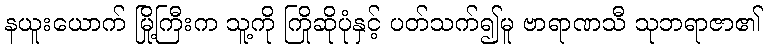
နယူးယောက် မြို့ကြီးက သူ့ကို ကြိုဆိုပုံနှင့် ပတ်သက်၍မူ ဗာရာဏသီ သုဘရာဇာ၏